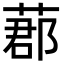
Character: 𦵼